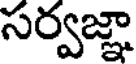
సర్వజ్ఞా